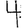
Digit: 4